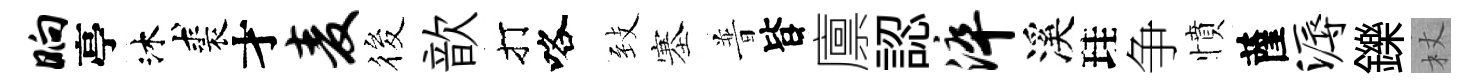
晌亭沐裘才麦筱歆打咯𦤺塞普𣅜廪認淬溪珪争憤薩溽鑠杖